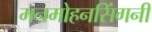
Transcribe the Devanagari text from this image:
मनमोहनसिंगनी